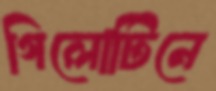
গিলোটিনে